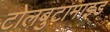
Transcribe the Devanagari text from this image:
टोलबुटामाइड